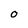
Character: 0